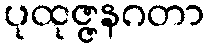
ပုထုဇ္ဇနဂတာ